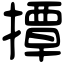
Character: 撢